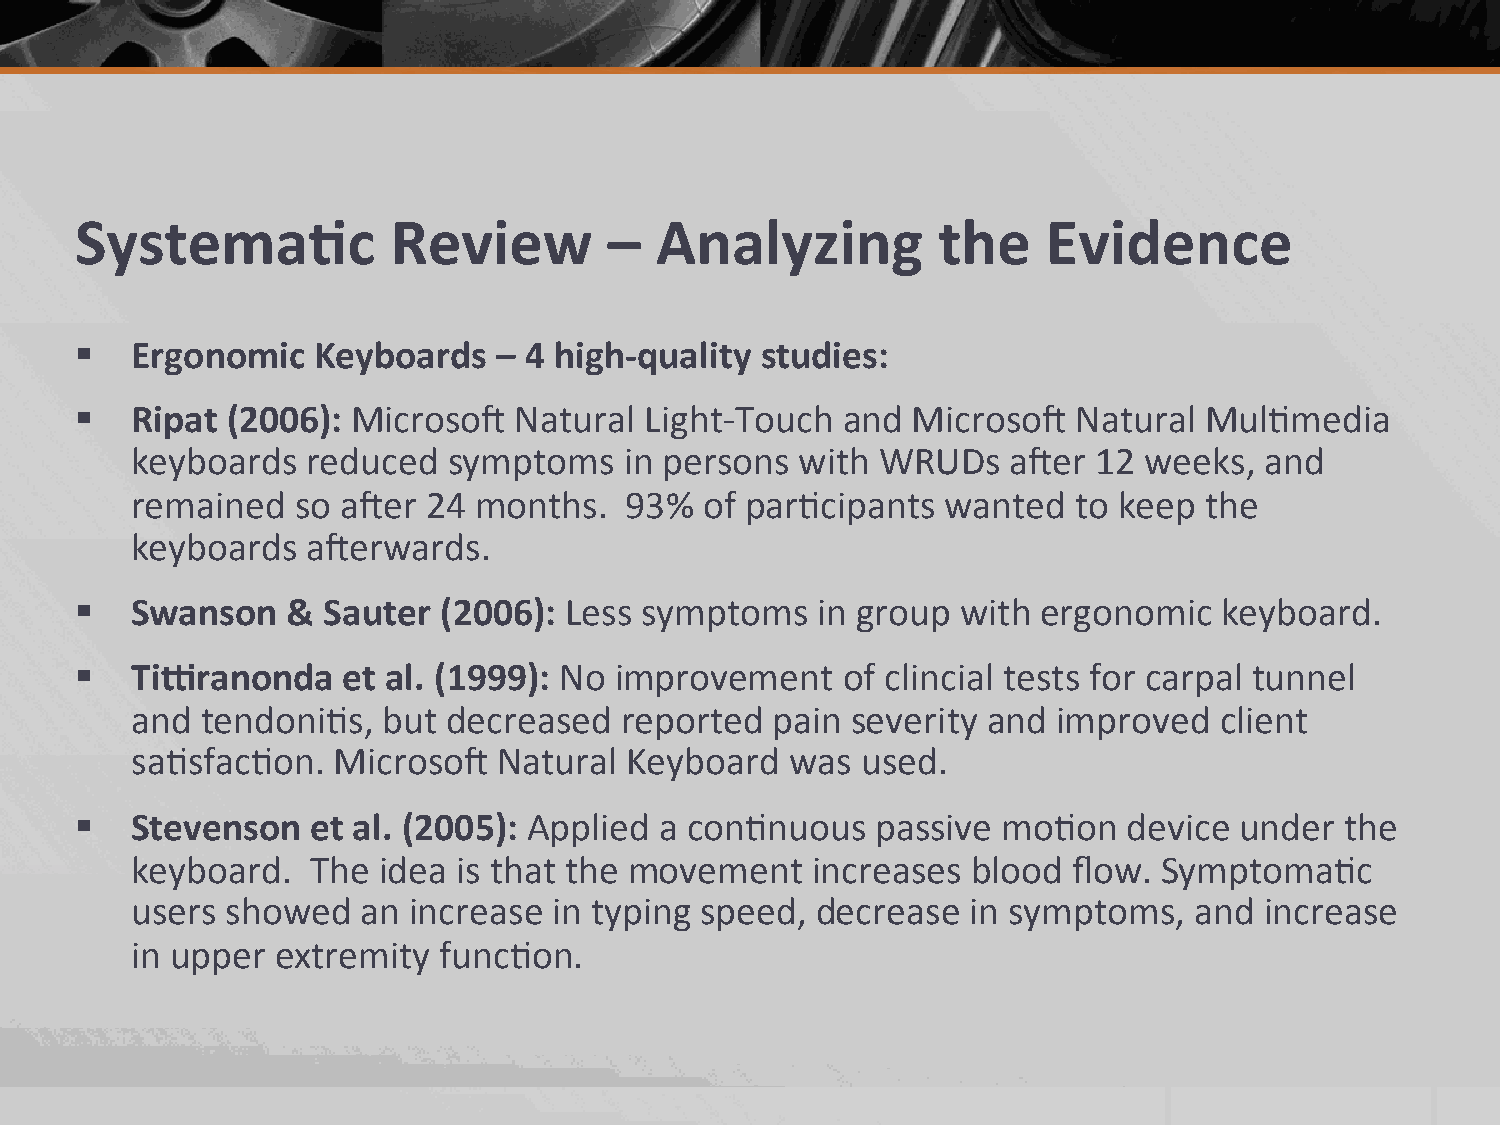
Systema.c            Review        –  Analyzing          the    Evidence
 §  Ergonomic   Keyboards   – 4 high-­‐quality studies:
 §  Ripat (2006): Microso;   Natural  Light-­‐Touch and Microso;  Natural  Mul2media
 keyboards  reduced   symptoms   in persons  with WRUDs    a;er  12 weeks,  and
 remained   so a;er 24 months.   93%   of par2cipants  wanted  to keep  the
 keyboards  a;erwards.
 §  Swanson   & Sauter  (2006): Less symptoms    in group  with ergonomic   keyboard.
 §  Tifranonda    et al. (1999): No improvement    of clincial tests for carpal tunnel
 and tendoni2s,  but  decreased  reported  pain severity and  improved   client
 sa2sfac2on.  Microso;   Natural  Keyboard  was  used.
 §  Stevenson   et al. (2005): Applied a con2nuous   passive mo2on    device under  the
 keyboard.   The idea is that the movement    increases blood  flow. Symptoma2c
 users showed   an increase  in typing speed, decrease  in symptoms,   and  increase
 in upper extremity  func2on.